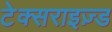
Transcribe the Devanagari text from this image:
टेक्सराइज़्ड